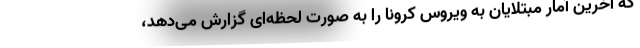
که آخرین آمار مبتلایان به ویروس کرونا را به صورت لحظه‌ای گزارش می‌دهد،